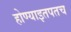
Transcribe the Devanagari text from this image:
होण्याइतपतच